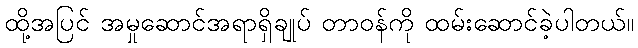
ထို့အပြင် အမှုဆောင်အရာရှိချုပ် တာဝန်ကို ထမ်းဆောင်ခဲ့ပါတယ်။